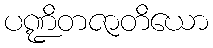
ပဏ္ဍိတဇာတိယော